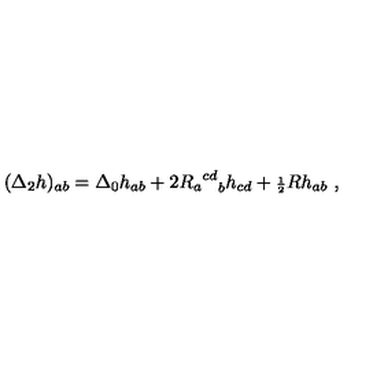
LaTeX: ( { \Delta } _ { 2 } h ) _ { a b } = { \Delta } _ { 0 } h _ { a b } + 2 { { R _ { a } } ^ { c d } } _ { b } h _ { c d } + { \scriptstyle { \frac { 1 } { 2 } } } R h _ { a b } \ ,